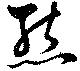
態